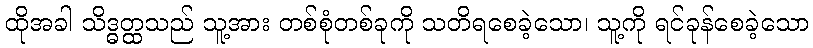
ထိုအခါ သိဒ္ဓတ္ထသည် သူ့အား တစ်စုံတစ်ခုကို သတိရစေခဲ့သော၊ သူ့ကို ရင်ခုန်စေခဲ့သော